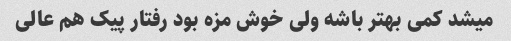
میشد کمی بهتر باشه ولی خوش مزه بود رفتار پیک هم عالی